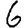
Digit: 6